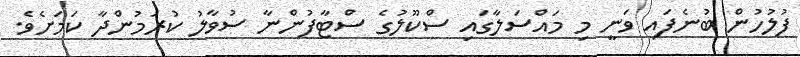
ފުލުހުން ބުނެފައި ވަނީ މި މައްސަލާގައި ސްކޫލުގެ ސްޓާފުންނާ ސުވާލު ކުރަމުންދާ ކަމަށެވެ.